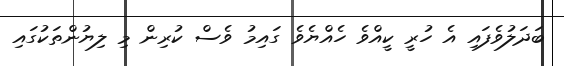
ބަދަލުވެފައި އެ ހުރީ ކީއްވެ ހެއްޔެވެ ގައިމު ވެސް ކުރިން މި ލިޔުންތަކުގައި